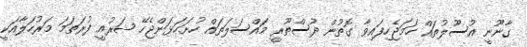
ގާނޫނީ އުސޫލުތައް ހަމަޖެހިފައިވާ ގޮތުން ދުސްތޫރީ މައްސަލަތައް ހުށަހަޅަންޖެހޭ ޝަރުއީ ފުރަތަމަ މަރުހަލާއަކީ